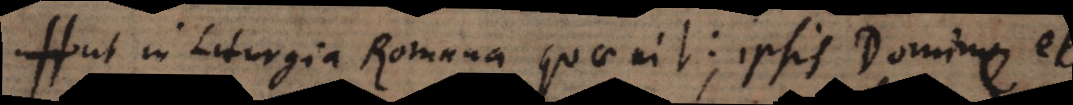
ut in Liturgia Romana quae ait: ipsis Domine et